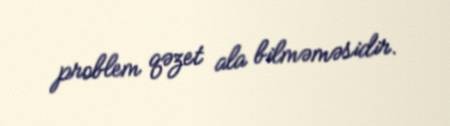
problem qəzet ala bilməməsidir.